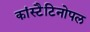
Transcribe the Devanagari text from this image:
कांस्टैटिनोपल